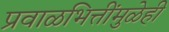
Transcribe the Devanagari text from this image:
प्रवाळभित्तींमुळेही